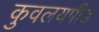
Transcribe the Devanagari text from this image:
कुवलयपीड